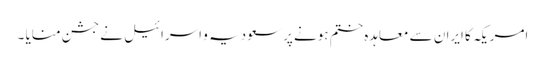
امریکہ کا ایران سے معاہدہ ختم ہونے پر سعودیہ و اسرائیل نے جشن منایا ۔